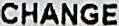
CHANGE